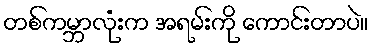
တစ်ကမ္ဘာလုံးက အရမ်းကို ကောင်းတာပဲ။